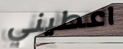
اعطيني